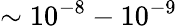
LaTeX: \sim 10^{-8}-10^{-9}